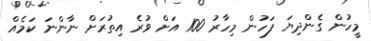
މީހުން ގެންދިޔަ ފަހުން މިހާރު 100 އަށް ވުރެ އިތުރަށް ނާންނަ ކަމެއް